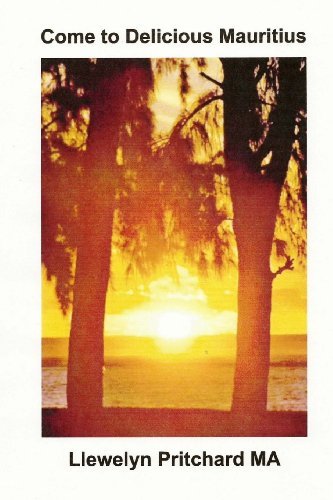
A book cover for Come to Delicious Mauritius: Relax and unwind (Album de Fotos) (Volume 19) (Spanish Edition); Llewelyn Pritchard MA; Travel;